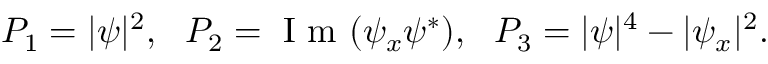
P _ { 1 } = { | \psi | ^ { 2 } } , \ \ P _ { 2 } = \mathrm { ~ I ~ m ~ } ( \psi _ { x } \psi ^ { * } ) , \ \ P _ { 3 } = | \psi | ^ { 4 } - | \psi _ { x } | ^ { 2 } .